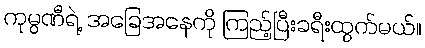
ကုမ္ပဏီရဲ့ အခြေအနေကို ကြည့်ပြီးခရီးထွက်မယ်။